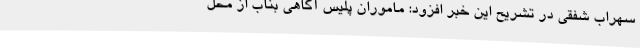
سهراب شفقی در تشریح این خبر افزود: ماموران پلیس آگاهی بناب از محل